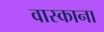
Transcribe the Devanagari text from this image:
वास्काना